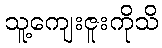
သူ့ကျေးဇူးကိုသိ